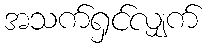
အသက်ရှင်လျှက်